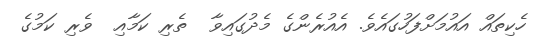
ހެކިތައް އައުމަށްފަހުގައެވެ. އެއުރެންގެ މެދުގައިވާ  ތެރި ކަމާއި  ވެރި ކަމުގެ